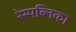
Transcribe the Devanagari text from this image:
रेस्पब्लिका